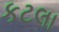
કટલા